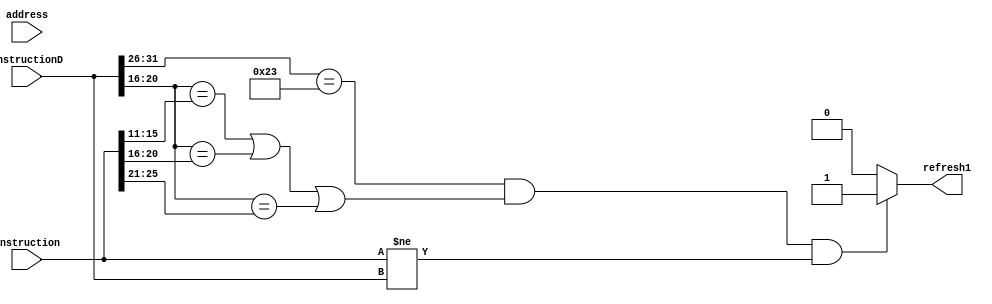
/* Detect the hazard of lw
**
*/

`timescale 100fs/100fs
module HazardDetection
    (   //Inputs
        input [31:0] address,
        input [31:0] instruction, instructionD,

        //Outputs
        output reg refresh1
    );

    always @(*) begin
        if ((instructionD[31:26] == 6'b100011) && ((instructionD[20:16] == instruction[15:11]) || (instructionD[20:16] == instruction[20:16]) || (instructionD[20:16] == instruction[25:21])) && (instruction != instructionD)) begin
            refresh1 = 1;        //Solve lw data hazard and jr hazard
        end 
        else refresh1 = 0;
    end

endmodule